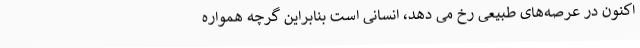
اکنون در عرصه‌های طبیعی رخ می دهد، انسانی است بنابراین گرچه همواره